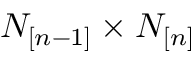
N _ { [ n - 1 ] } \times N _ { [ n ] }